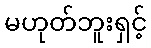
မဟုတ်ဘူးရှင့်